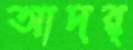
আদর্